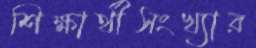
শিক্ষার্থীসংখ্যার